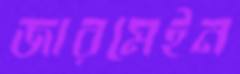
জারমেইন